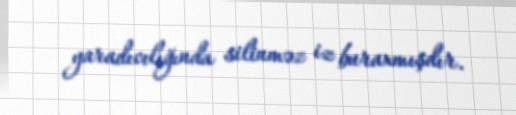
yaradıcılığında silinməz iz buraxmışdır.